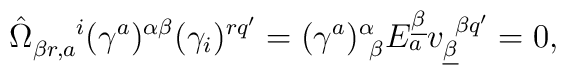
\hat\Omega_{\beta r,a}^{~~~~i}(\gamma^a)^{\alpha\beta}(\gamma_{i})^{rq'}=(\gamma^{a})^{\alpha}_{~\beta}E_a^{\underline\beta}v_{\underline\beta}^{~\beta q'}=0,